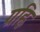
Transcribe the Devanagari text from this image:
ग्रह्णि